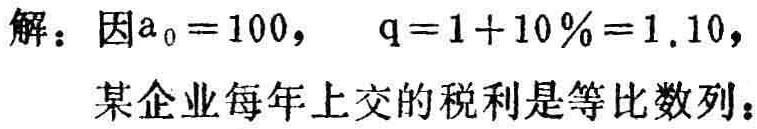
解：因\(a_{0}=100,\ \ q = 1 + 10\% = 1.10,\)
某企业每年上交的税利是等比数列：